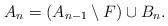
LaTeX: \begin{align*}A_n=(A_{n-1}\setminus F)\cup B_n.\end{align*}